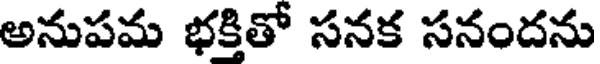
అనుపమ భక్తితో సనక సనందను